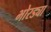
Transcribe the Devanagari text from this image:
भोरड्या